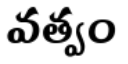
వత్వం